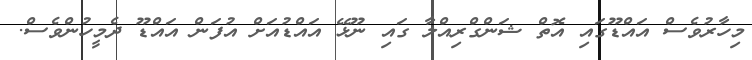
މިހާރުވެސް އައްޑޫގައި އޮތް ޝަންގްރިއްލާ ގައި ނޫޅޭ އައްޑުއަށް އުފަން އައްޑޫ ދެމީހުންވެސް.